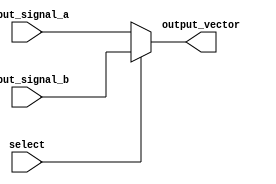
module vector_continuous_assignment (
    input wire [7:0] input_signal_a,  // 8-bit input signal A
    input wire [7:0] input_signal_b,  // 8-bit input signal B
    input wire select,                 // Select signal for multiplexing
    output wire [7:0] output_vector    // 8-bit output vector
);

// Continuous assignment to output_vector based on select signal
assign output_vector = (select) ? input_signal_b : input_signal_a;

endmodule